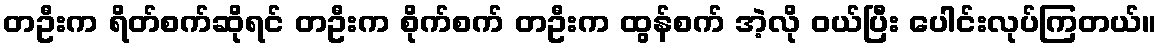
တဦးက ရိတ်စက်ဆိုရင် တဦးက စိုက်စက် တဦးက ထွန်စက် အဲ့လို ဝယ်ပြီး ပေါင်းလုပ်ကြတယ်။